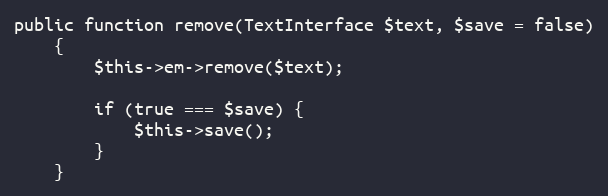
Language: PHP
public function remove(TextInterface $text, $save = false)
    {
        $this->em->remove($text);

        if (true === $save) {
            $this->save();
        }
    }